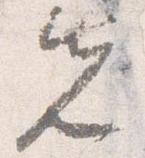
先